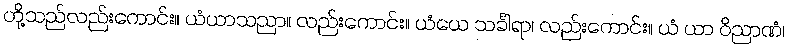
တို့သည်လည်းကောင်း။ ယံယာသညာ။ လည်းကောင်း။ ယံယေ သင်္ခါရာ၊ လည်းကောင်း။ ယံ ယာ ဝိညာဏံ၊